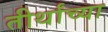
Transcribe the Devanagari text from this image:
तीर्थांच्या